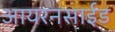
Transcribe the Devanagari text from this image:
आयरनसाईड